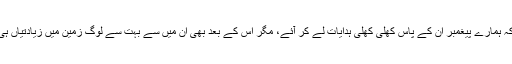
اور واقعہ یہ ہے کہ ہمارے پیغمبر ان کے پاس کھلی کھلی ہدایات لے کر آئے، مگر اس کے بعد بھی ان میں سے بہت سے لوگ زمین میں زیادتیاں ہی کرتے رہے ہیں۔